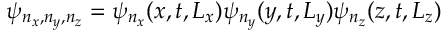
\psi _ { n _ { x } , n _ { y } , n _ { z } } = \psi _ { n _ { x } } ( x , t , L _ { x } ) \psi _ { n _ { y } } ( y , t , L _ { y } ) \psi _ { n _ { z } } ( z , t , L _ { z } )